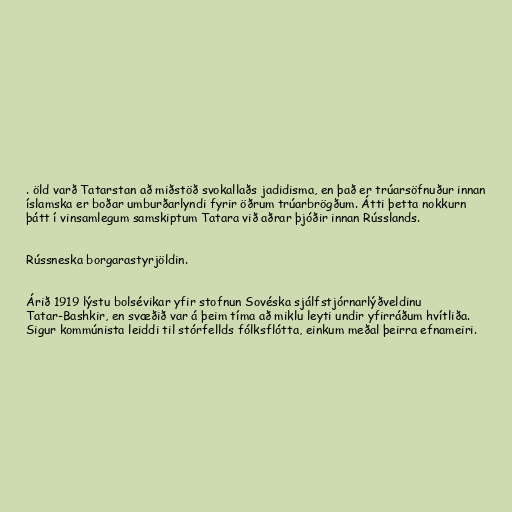
. öld varð Tatarstan að miðstöð svokallaðs jadidisma, en það er trúarsöfnuður innan
íslamska er boðar umburðarlyndi fyrir öðrum trúarbrögðum. Átti þetta nokkurn
þátt í vinsamlegum samskiptum Tatara við aðrar þjóðir innan Rússlands.

Rússneska borgarastyrjöldin.

Árið 1919 lýstu bolsévikar yfir stofnun Sovéska sjálfstjórnarlýðveldinu
Tatar-Bashkir, en svæðið var á þeim tíma að miklu leyti undir yfirráðum hvítliða.
Sigur kommúnista leiddi til stórfellds fólksflótta, einkum meðal þeirra efnameiri.